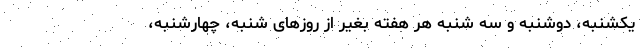
یکشنبه، دوشنبه و سه شنبه هر هفته بغیر از روز‌های شنبه، چهارشنبه،